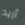
أريد